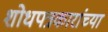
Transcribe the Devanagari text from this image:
शोधपत्रकारांच्या